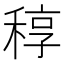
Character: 稕